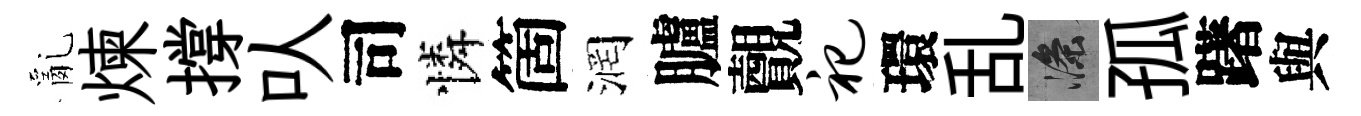
亂煉撐㕥司憐箇润臚覿祀環乱滌孤躇與